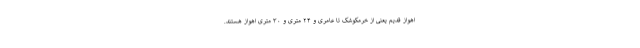
اهواز قدیم یعنی از خرمکوشک تا عامری و ۲۴ متری و ۳۰ متریِ اهواز هستند.